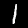
Label: 1